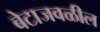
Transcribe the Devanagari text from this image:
बेटाजवळील